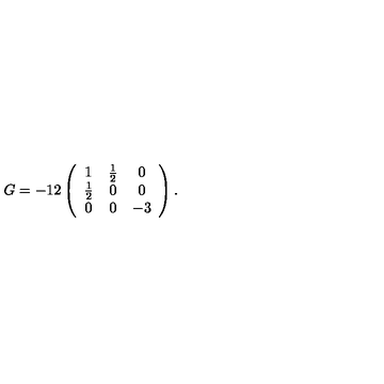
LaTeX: G = - 1 2 \left( \begin{array} { c c c } { 1 } & { \frac { 1 } { 2 } } & { 0 } \\ { \frac { 1 } { 2 } } & { 0 } & { 0 } \\ { 0 } & { 0 } & { - 3 } \\ \end{array} \right) .